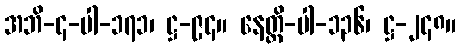
အဘိ-၄-ပါ-၁၇၁၊ ဋ္ဌ-၉၄။ နေတ္တိ-ပါ-၁၃၆၊ ဋ္ဌ-၂၄၈။